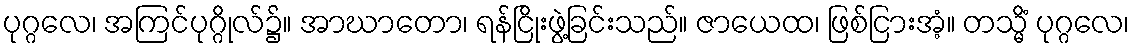
ပုဂ္ဂလေ၊ အကြင်ပုဂ္ဂိုလ်၌။ အာဃာတော၊ ရန်ငြိုးဖွဲ့ခြင်းသည်။ ဇာယေထ၊ ဖြစ်ငြားအံ့။ တသ္မိံ ပုဂ္ဂလေ၊